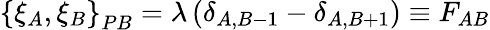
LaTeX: \left\{ \xi_{A},\xi_{B}\right\} _{PB}=\lambda\left(\delta_{A,B-1}-\delta_{A,B+1}\right)\equiv F_{AB}